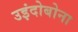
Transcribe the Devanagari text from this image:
उइंदोबोना